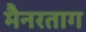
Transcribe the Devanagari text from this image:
मैनरताग